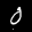
Label: 0